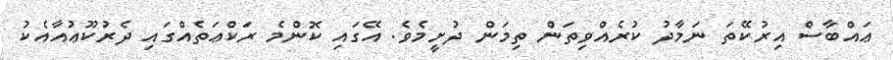
ޢައްބާސް އިރުކޭތަ ނަމާދު ކުރެއްވިތަން ތިމަން ދުށީމެވެ. އޭގައި ކޮންމެ ރަކްޢަތެއްގައި ދެރުކޫޢުއާއެކު